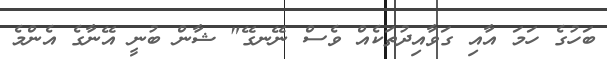
ބަހުގެ ހަމަ އާއި ގަވާއިދުތަކެއް ވެސް ނޭނގޭ" ޝާން ބުނީ އޭނާގެ އެންމެ